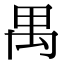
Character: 禺